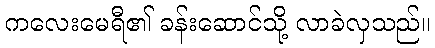
ကလေးမေရီ၏ ခန်းဆောင်သို့ လာခဲလှသည်။